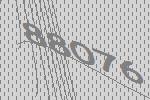
88076